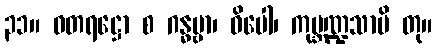
၃၁။ ဓတရဋ္ဌော စ ဂန္ဓဗ္ဗာ၊ ဓိပေါ၊ ကုမ္ဘဏ္ဍသာမိ တု။